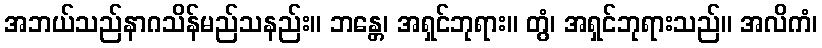
အဘယ်သည်နာဂသိန်မည်သနည်း။ ဘန္တေ၊ အရှင်ဘုရား။ တွံ၊ အရှင်ဘုရားသည်။ အလိကံ၊